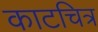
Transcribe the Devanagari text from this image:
काटचित्र